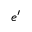
e ^ { \prime }